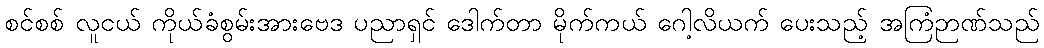
စင်စစ် လူငယ် ကိုယ်ခံစွမ်းအားဗေဒ ပညာရှင် ဒေါက်တာ မိုက်ကယ် ဂေါ့လိယက် ပေးသည့် အကြံဉာဏ်သည်